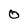
Character: 0